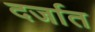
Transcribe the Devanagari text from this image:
दर्जात